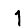
Digit: 1